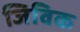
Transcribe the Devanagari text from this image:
जिविक